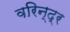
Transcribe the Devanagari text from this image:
वरिन्द्र